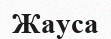
Жауса